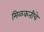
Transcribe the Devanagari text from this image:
मिळकतीचे